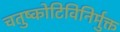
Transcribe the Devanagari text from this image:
चतुष्कोटिविनिर्मुक्त